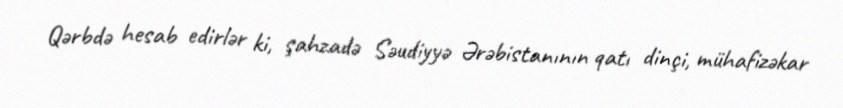
Qərbdə hesab edirlər ki, şahzadə Səudiyyə Ərəbistanının qatı dinçi, mühafizəkar